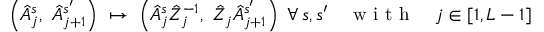
\left( \hat { A } _ { j } ^ { s } , \ \hat { A } _ { j + 1 } ^ { s ^ { \prime } } \right) \ \mapsto \ \left( \hat { A } _ { j } ^ { s } \hat { Z } _ { j } ^ { - 1 } , \ \hat { Z } _ { j } \hat { A } _ { j + 1 } ^ { s ^ { \prime } } \right) \ \forall \, { s , s ^ { \prime } } \quad \mathrm { ~ w ~ i ~ t ~ h ~ } \quad j \in [ 1 , L - 1 ]